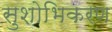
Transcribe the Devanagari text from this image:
सुशोभिकरण